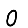
Digit: 0